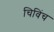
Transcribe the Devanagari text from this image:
चिविंच